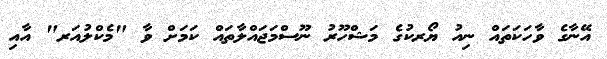
އޭނާގެ ވާހަކަތައް ނިއު ޔޯރކުގެ މަޝްހޫރު ނޫސްމަޖައްލާތައް ކަމަށް ވާ "މެކްލުއަރ" އާއި